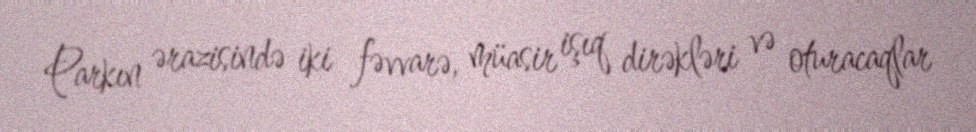
Parkın ərazisində iki fəvvarə, müasir işıq dirəkləri və oturacaqlar